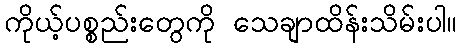
ကိုယ့်ပစ္စည်းတွေကို သေချာထိန်းသိမ်းပါ။